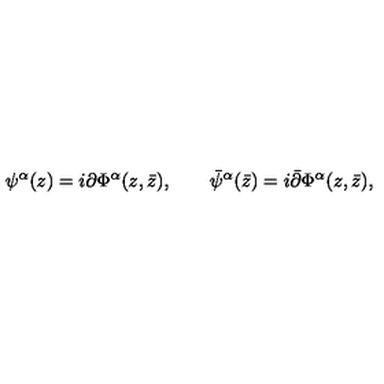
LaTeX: \psi ^ { \alpha } ( z ) = i \partial \Phi ^ { \alpha } ( z , \bar { z } ) , \qquad \bar { \psi } ^ { \alpha } ( \bar { z } ) = i \bar { \partial } \Phi ^ { \alpha } ( z , \bar { z } ) ,